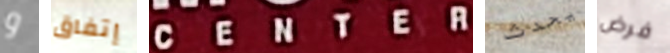
و إتفاق CENTER يحدث فرض